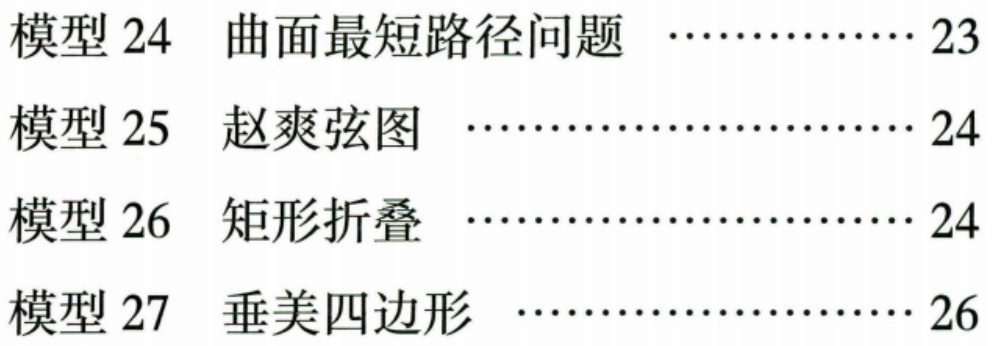
模型 24  曲面最短路径问题  …………… 23
模型 25  赵爽弦图  …………………… 24
模型 26  矩形折叠  …………………… 24
模型 27  垂美四边形  ………………… 26